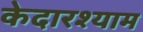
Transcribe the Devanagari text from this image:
केदारश्याम